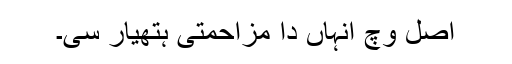
اصل وچ انہاں دا مزاحمتی ہتھیار سی۔